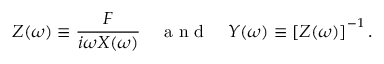
Z ( \omega ) \equiv \frac { F } { i \omega X ( \omega ) } \quad \textrm { a n d } \quad Y ( \omega ) \equiv \left[ Z ( \omega ) \right] ^ { - 1 } .